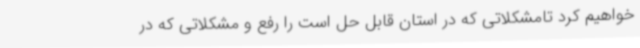
خواهیم کرد تامشکلاتی که در استان قابل حل است را رفع و مشکلاتی که در